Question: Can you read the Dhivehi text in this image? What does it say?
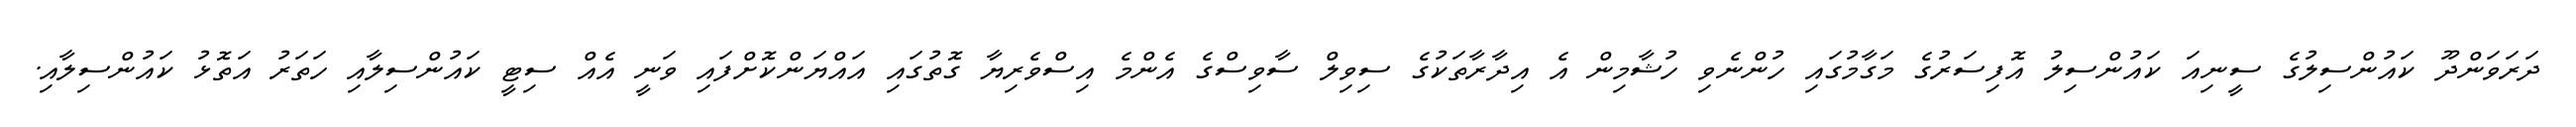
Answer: ދަރަވަންދޫ ކައުންސިލުގެ ސީނިއަ ކައުންސިލު އޮފިސަރުގެ މަގާމުގައި ހުންނެވި ހުޝާމިން އެ އިދާރާތަކުގެ ސިވިލް ސާވިސްގެ އެންމެ އިސްވެރިޔާ ގޮތުގައި އައްޔަންކޮށްފައި ވަނީ އެއް ސިޓީ ކައުންސިލާއި ހަތަރު އަތޮޅު ކައުންސިލާއި.